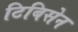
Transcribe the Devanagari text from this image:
टिबिसेन